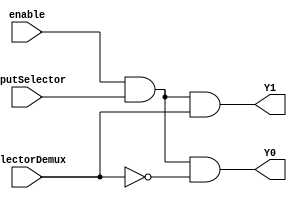
module demux_1_2 (
    input enable, selectorDemux,
    input [4:0]inputSelector,
    output [4:0] Y0,Y1
);

    assign Y0 = (enable & inputSelector &(~selectorDemux));
    assign Y1 = (enable & inputSelector & selectorDemux);
    
endmodule